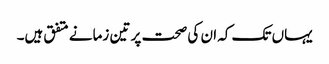
یہاں تک کہ ان کی صحت پر تین زمانے متفق ہیں۔